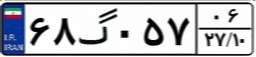
۶۸گ۰۵۷۰۶